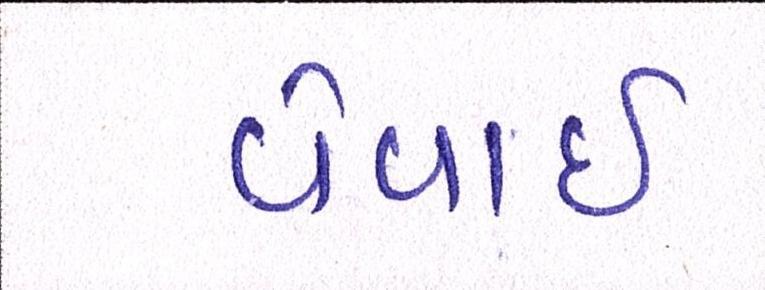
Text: વેવાઈ